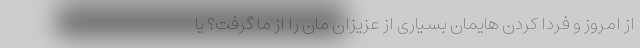
از امروز و فردا کردن هایمان بسیاری از عزیزان مان را از ما گرفت؟ یا